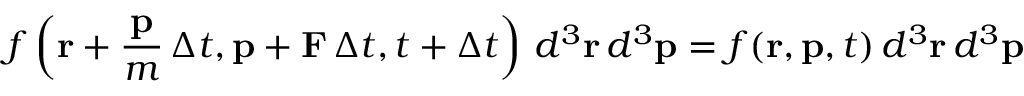
f \left( \mathbf { r } + { \frac { \mathbf { p } } { m } } \, \Delta t , \mathbf { p } + \mathbf { F } \, \Delta t , t + \Delta t \right) \, d ^ { 3 } \mathbf { r } \, d ^ { 3 } \mathbf { p } = f ( \mathbf { r } , \mathbf { p } , t ) \, d ^ { 3 } \mathbf { r } \, d ^ { 3 } \mathbf { p }